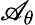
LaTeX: \mathscr{A}_{\theta}